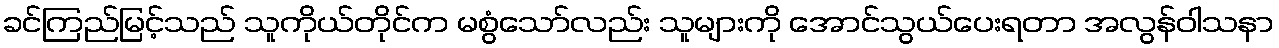
ခင်ကြည်မြင့်သည် သူကိုယ်တိုင်က မစွံသော်လည်း သူများကို အောင်သွယ်ပေးရတာ အလွန်ဝါသနာ